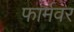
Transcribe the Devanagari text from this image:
फार्मवर